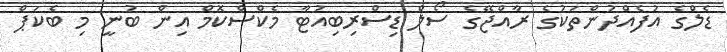
ޑެލްގެ އުފެއްދުންތަކުގެ ރާއްޖޭގެ ސޯލް ޑިސްރިބިއުޓާ މެކްސްކޮމް އިން ބުނީ މި ބެކަޕް